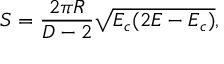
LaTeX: S = { \frac { 2 \pi R } { D - 2 } } \sqrt { E _ { c } ( 2 E - E _ { c } ) } ,